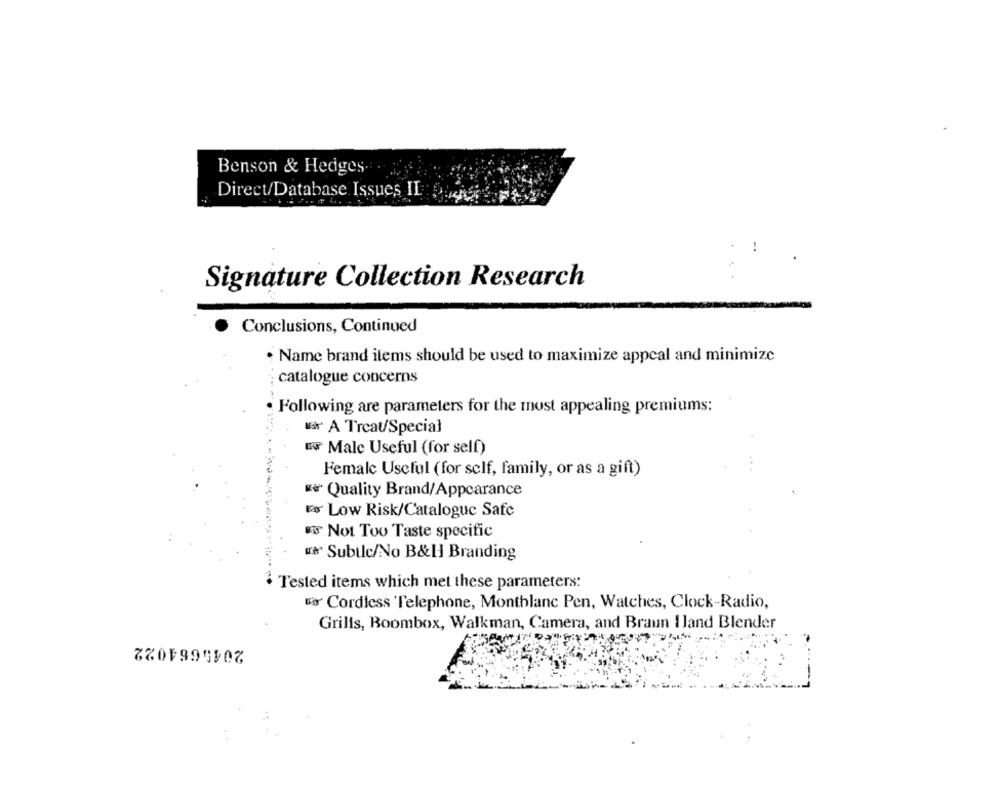
Benson & Hedges.
Direct/Database Issues II
..
Signature Collection Research
Conclusions, Continued
Name brand items should be used to maximize appeal and minimize
catalogue concerns
Following are parameters for the must appealing premiums:
Ir A Treat/Special
ENF Male Useful (for self)
Female Useful (for self, family, or as a gift)
** Quality Brand/Appearance
ES Low Risk/Catalogue Safe
Not Too Taste specific
us Subtle/No B&H Branding
· Tested items which met these parameters:
war Cordicss 'Telephone, Montblanc Pen, Watches, Clock-Radio,
Grills, Boombox, Walkman, Camera, and Braun I land Blender
2045664022